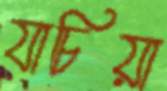
যাচিয়া